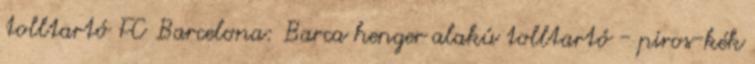
tolltartó FC Barcelona: Barca henger alakú tolltartó - piros-kék